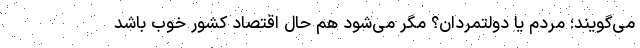
می‌گویند؛ مردم یا دولتمردان؟ مگر می‌شود هم حال اقتصاد کشور خوب باشد